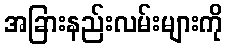
အခြားနည်းလမ်းများကို